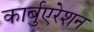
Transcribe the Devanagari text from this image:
कार्बुएरेशन